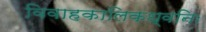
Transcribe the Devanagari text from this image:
विवाहकालिकध्वनिः